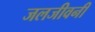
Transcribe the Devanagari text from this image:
जलजीवनी